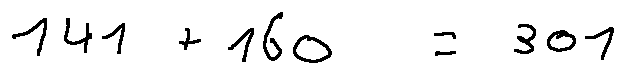
1 4 1 + 1 6 0 = 3 0 1